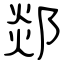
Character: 郯